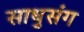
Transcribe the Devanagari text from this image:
साधुसंग